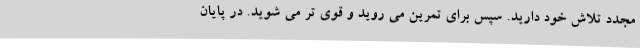
مجدد تلاش خود دارید. سپس برای تمرین می روید و قوی تر می شوید. در پایان